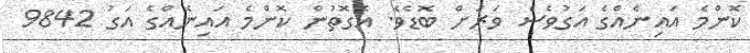
ކޮންމެ އައިނެއްގެ އަގުވެސް ވަރަށް ބޮޑެވެ. އެގޮތުން ކޮންމެ އައިނެއްގެ އަގު 9842